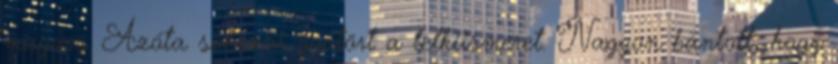
magam. Azóta sokszor gyötört a lelkiismeret. Nagyon bántott, hogy